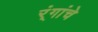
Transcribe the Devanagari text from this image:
र्ंगांचे